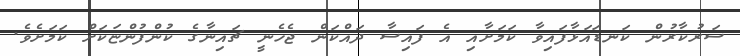
ސަރުކާރުން ކަނޑައަޅާފައިވާ ކަމަށާއި އެ ފައިސާ ދައްކަން ޖެހެނީ ޗައިނާގެ ކުންފުންޏަކަށް ކަމަށެވެ.